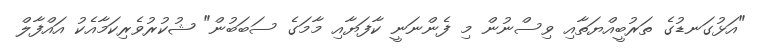
"އަޅުގަނޑުގެ ތަރުބީއްޔަތާއި ވިސްނުން މި ފެންނަނީ ކާފަޔާއި މާމަގެ ސަބަބުން" ޝުކުރުވެރިކަމާއެކު އައްފާލް